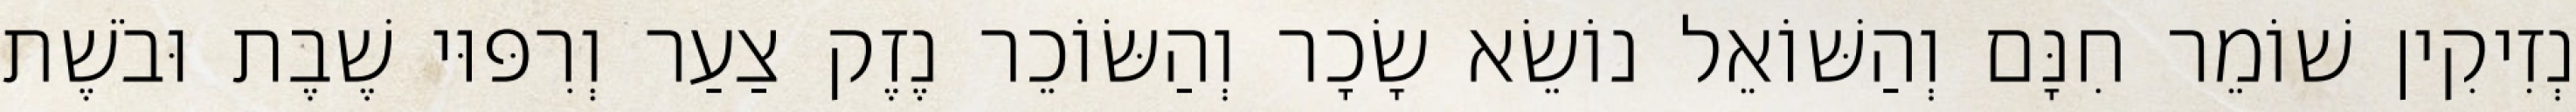
נְזִיקִין שׁוֹמֵר חִנָּם וְהַשּׁוֹאֵל נוֹשֵׂא שָׂכָר וְהַשּׂוֹכֵר נֶזֶק צַעַר וְרִפּוּי שֶׁבֶת וּבֹשֶׁת